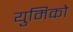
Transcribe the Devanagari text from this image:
युमिको